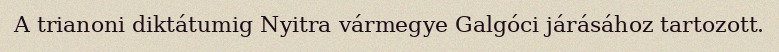
A trianoni diktátumig Nyitra vármegye Galgóci járásához tartozott.